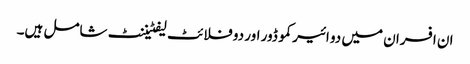
ان افسران میں دو ائیر کموڈور اور دو فلائٹ لیفٹیننٹ شامل ہیں۔